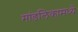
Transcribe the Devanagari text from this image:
मांडलिकामध्ये